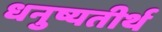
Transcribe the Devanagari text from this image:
धनुष्यतीर्थ